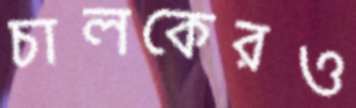
চালকেরও